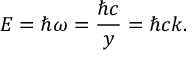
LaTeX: E = \hbar \omega = { \frac { \hbar c } { y } } = \hbar c k .